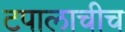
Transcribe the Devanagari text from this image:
टपालाचीच